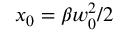
x _ { 0 } = \beta w _ { 0 } ^ { 2 } / 2